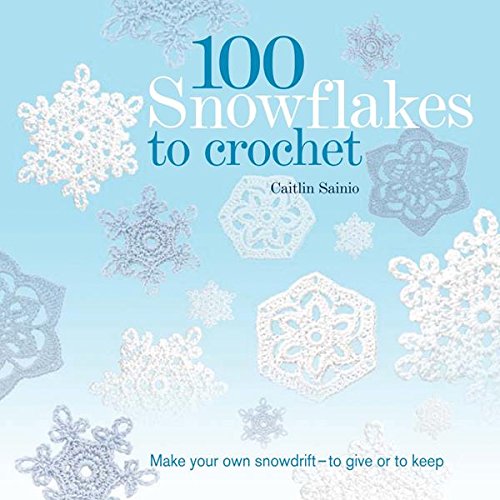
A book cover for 100 Snowflakes to Crochet: Make Your Own Snowdrift---to Give or to Keep (Knit & Crochet); Caitlin Sainio; Crafts, Hobbies & Home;